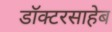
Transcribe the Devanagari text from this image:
डॉक्टरसाहेब